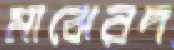
মাঝেরদ